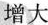
增大